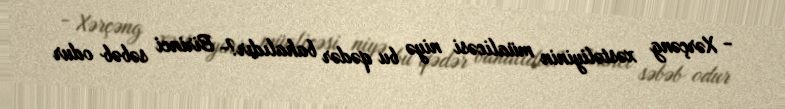
- Xərçəng xəstəliyinin müalicəsi niyə bu qədər bahalıdır?- Birinci səbəb odur